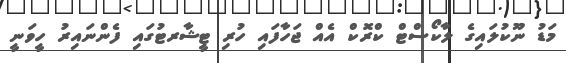
މަޑު ނޫކުލައިގެ ލާކޯސްޓް ކްރޮކް އެއް ޖަހާފައި ހުރި ޓީޝާރޓުގައި ފެންނައިރު ހީވަނީ